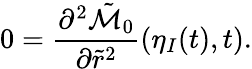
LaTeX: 0=\frac{\partial^{2}\tilde{\mathcal{M}}_{0}}{\partial\tilde{r}^{2}}(\eta_{I}(t),t).